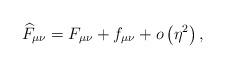
LaTeX: \begin{align*}\widehat{F}_{\mu \nu }=F_{\mu \nu }+f_{\mu \nu }+o\left( \eta ^{2}\right) ,\end{align*}